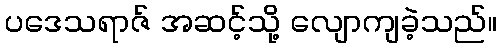
ပဒေသရာဇ် အဆင့်သို့ လျောကျခဲ့သည်။